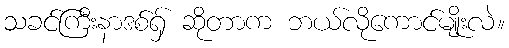
သခင်ကြီးနာဒစ်ရှ် ဆိုတာက ဘယ်လိုကောင်မျိုးလဲ။